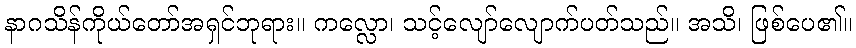
နာဂသိန်ကိုယ်တော်အရှင်ဘုရား။ ကလ္လော၊ သင့်လျော်လျောက်ပတ်သည်။ အသိ၊ ဖြစ်ပေ၏။